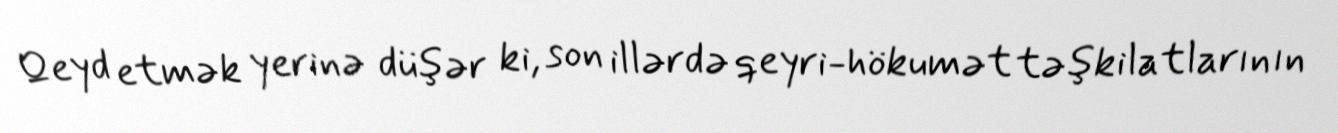
Qeyd etmək yerinə düşər ki, son illərdə qeyri-hökumət təşkilatlarının